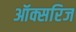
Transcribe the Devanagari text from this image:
ऑक्सरिज